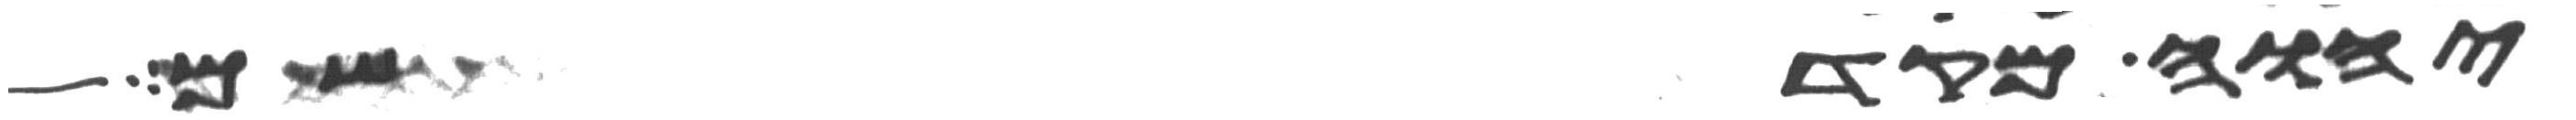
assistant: יהוה מקדשכם